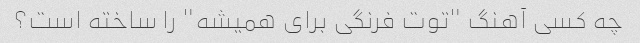
چه کسی آهنگ "توت فرنگی برای همیشه" را ساخته است؟